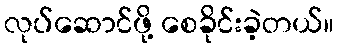
လုပ်ဆောင်ဖို့ စေခိုင်းခဲ့တယ်။